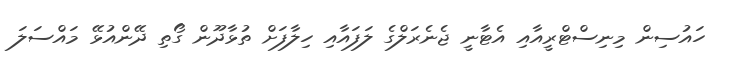
ހައުސިން މިނިސްޓްރީއާއި އެޓާނީ ޖެނެރަލްގެ ލަފައާއި ހިލާފަށް ތުޅާދޫން ގޯތި ދޭންއުޅޭ މައްސަލަ